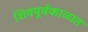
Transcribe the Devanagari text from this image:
शिवपूर्वकाळात